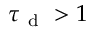
\tau _ { \mathrm { ~ d ~ } } > 1